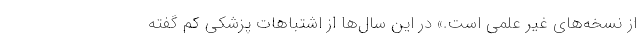
از نسخه‌های غیر علمی است.» در این سال‌ها از اشتباهات پزشکی کم گفته